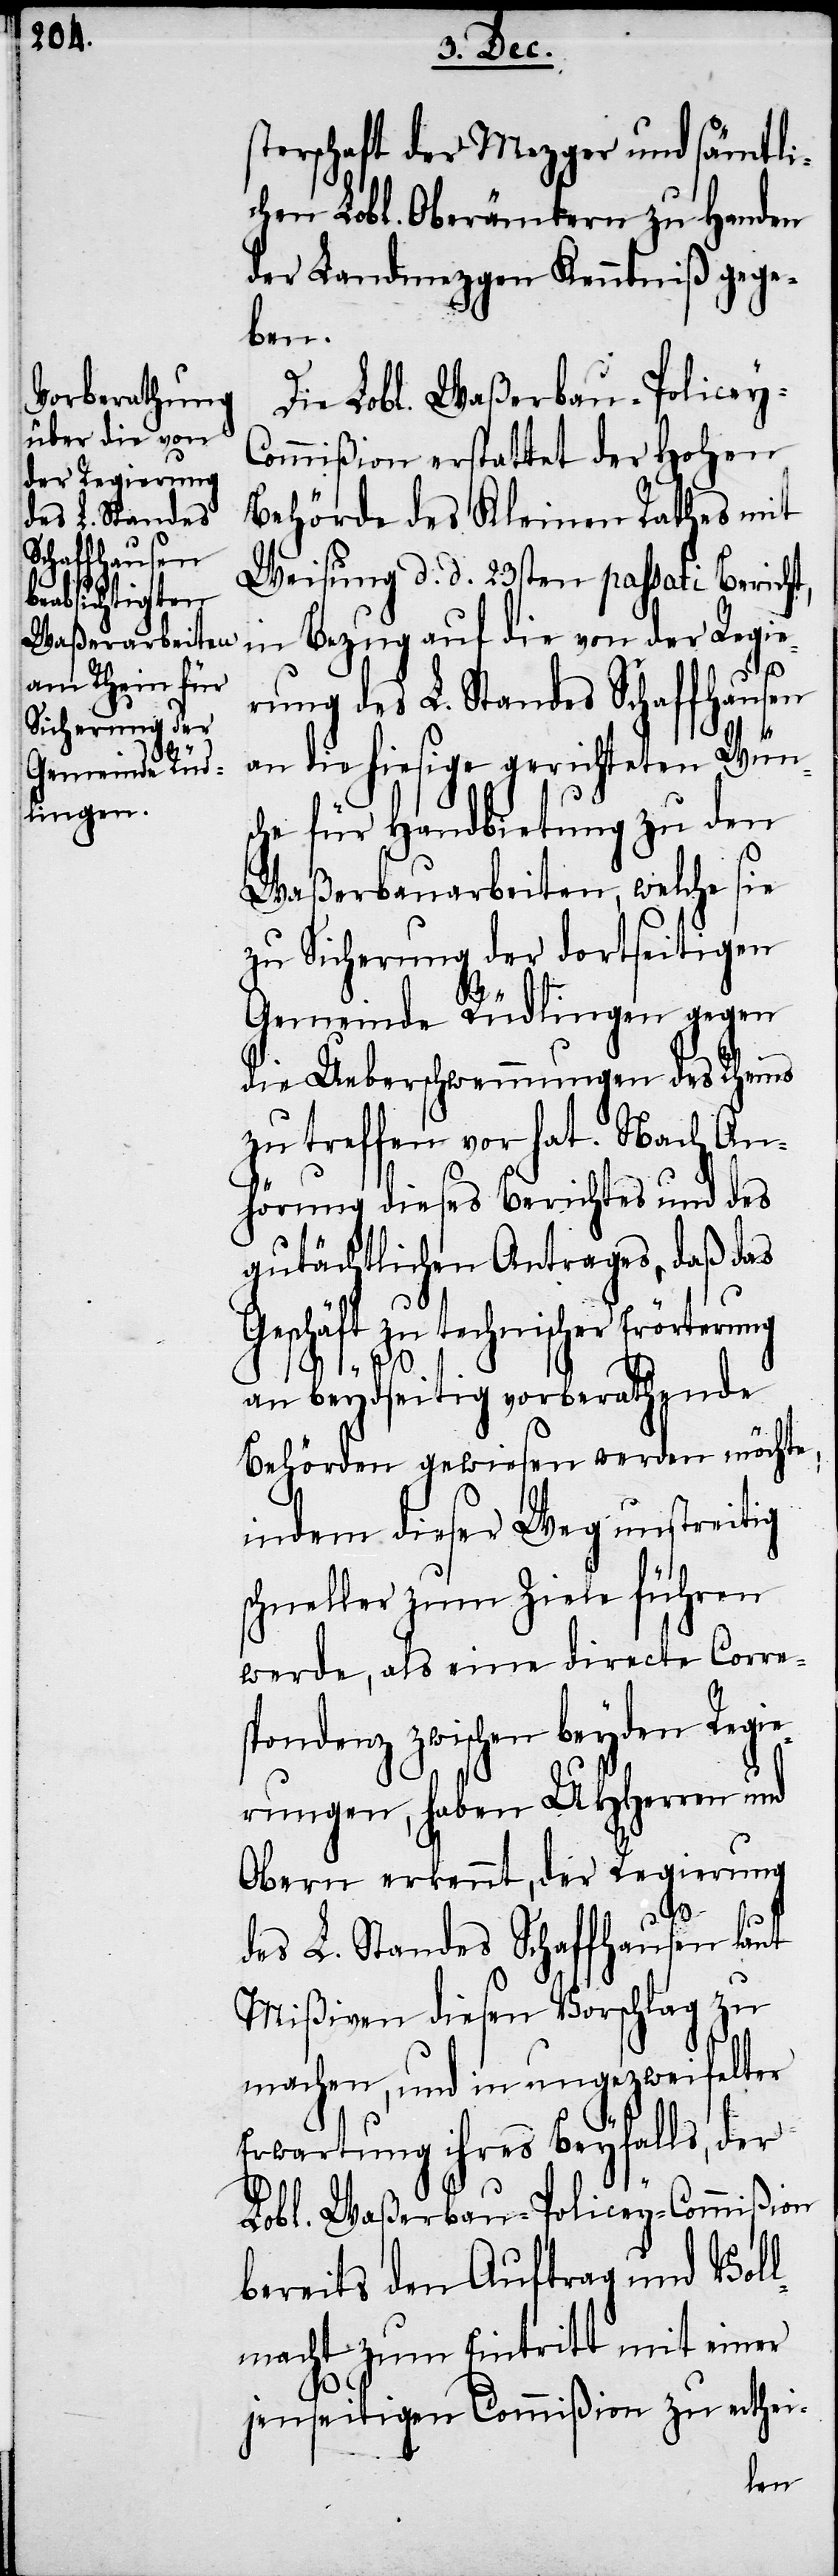
sterschaft der Mezger und sämtli¬
chen Lobl. Oberämtern zu Handen
der Landmezgen Kenntniß gege¬
ben.
Die Lobl. Waßerbau-Policey-C¬
ommißion erstattet der Hohen
Behörde des Kleinen Rathes mit
Weisung d. d. 23sten pasati Berich¬
in Bezug auf die von der Regie¬
rung des L. Standes Schaffhausen
an die hiesige gerichteten Wüns¬
che für Handbietung zu den
Waßerbauarbeiten, welche sie
zu Sicherung der dortseitigen
Gemeinde Rüdlingen gegen
die Ueberschwemmungen des Rheines
zu treffen vor hat. Nach An¬
hörung dieses Berichtes und des
gutächtlichen Antrages, daß das
Geschäft zu technischer Erörterung
an beydseitig vorberathende
Behörden gewiesen werden möchte,
indem dieser Weg unstreitig
schneller zum Ziele führen
werde, als eine directe Corre¬
spondenz zwischen beyden Regie¬
rungen, haben UHHerren und
Obern erkennt, der Regierung
t,
des L. Standes Schaffhausen laut
Mißiven diesen Vorschlag zu
machen, und in ungezweifelter
Erwartung ihres Beyfalls, der
Lobl. Waßerbau-Policey-Commißion
bereits den Auftrag und Voll¬
macht zum Eintritt mit einer
jenseitigen Commißion zu erthei-